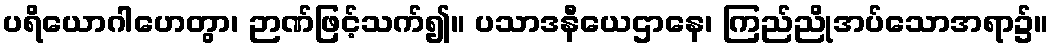
ပရိယောဂါဟေတွာ၊ ဉာဏ်ဖြင့်သက်၍။ ပသာဒနီယေဌာနေ၊ ကြည်ညိုအပ်သောအရာ၌။